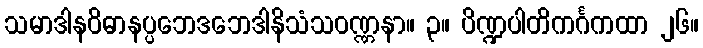
သမာဒါနဝိဓာနပ္ပဘေဒဘေဒါနိသံသဝဏ္ဏနာ။ ၃။ ပိဏ္ဍပါတိကင်္ဂကထာ ၂၆။